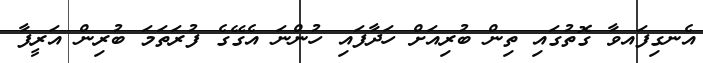
އެނގިފައވާ ގޮތުގައި ތިން ބުރިއަށް ހަދާފައި ހުންނަ އެގޭގެ ފުރަތަަމަ ބުރިން އަރީފާ